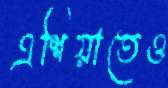
এশিয়াতেও